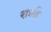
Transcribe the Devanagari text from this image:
रात्रहि